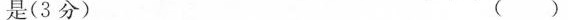
是（3 分）（）